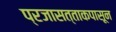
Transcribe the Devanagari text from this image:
प्रजासत्ताकपासून